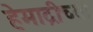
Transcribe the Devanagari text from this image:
हेमाद्रीच्या